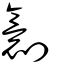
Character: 𠟼